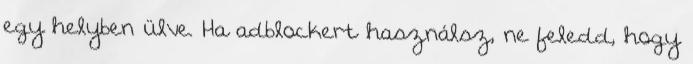
egy helyben ülve. Ha adblockert használsz, ne feledd, hogy